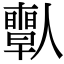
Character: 𠐱